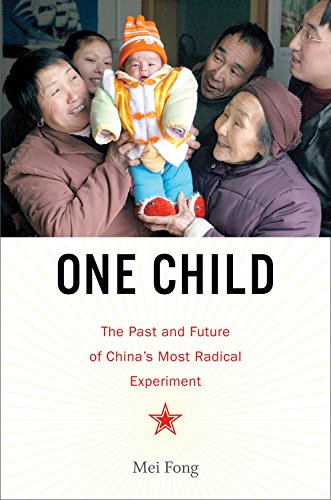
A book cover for One Child: The Past and Future of China's Most Radical Experiment; Mei Fong; Politics & Social Sciences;